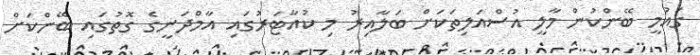
ގައުމީ ބޭންކުން މާލީ އުސްއަލިތަކަށް ބަލާއިރު މި ކުއާޓަރުގައި އާމްދަނީގެ ގޮތުގައި ބޭންކަށް